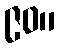
၉၀။